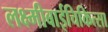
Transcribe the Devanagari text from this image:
लक्ष्मीबाईचिकित्सा